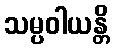
သမ္ပဝါယန္တိ